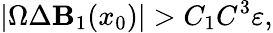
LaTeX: |\Omega\Delta\mathbf{B}_{1}(x_{0})|>C_{1}C^{3}\varepsilon,